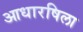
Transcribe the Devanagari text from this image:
आधारषिला